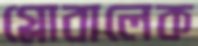
গ্লোবালেক